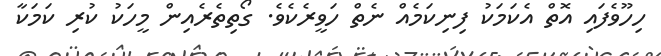
ހިހޫވެފައި އޮތް އެކަމަކު ފިނިކަމެއް ނެތް ހަވީރެކެވެ. ގޯތިތެރެއިން މީހަކު ކުރި ކަމަކާ